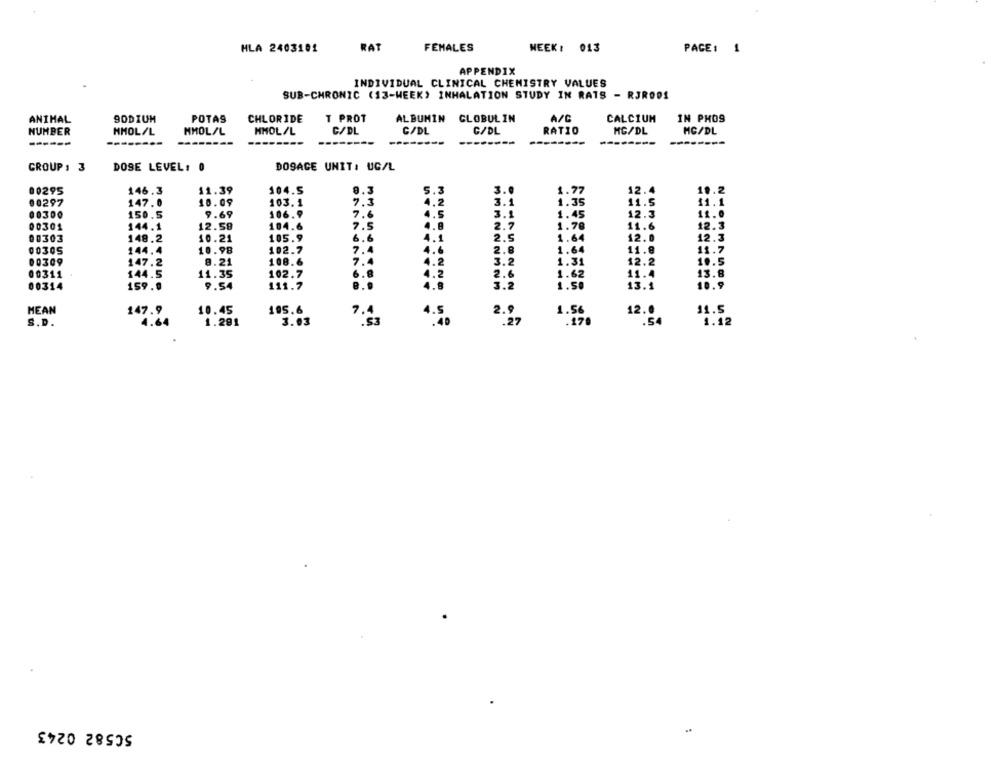
FEMALES
HLA 2403101
RAT
NEEK : 013
PACE1 1
APPENDIX
INDIVIDUAL CLINICAL CHEMISTRY VALUES
SUB-CHRONIC (13-WEEK) INHALATION STUDY IN RATS - RJR001
ANIMAL
90DIUM
POTAS
CHLORIDE
T PROT
ALBUMIN GLOBULIN
A/C
CALCIUM
IN PHOS
NUMBER
MMOL/L
MMOL/L
MMOL/L
C/DL
C/DL
C/DL
RATIO
MG/DL
MG/DL
---
GROUP , 3
DOSE LEVEL: 0
DOSAGE UNIT: UG/L
00295
146.3
11.39
104.5
9.3
5.3
3.0
1.77
12.4
19.2
10.09
103.1
7.3
1.2
3.1
1.35
11.5
11.1
00297
147.0
00300
150.5
9.69
106.9
7.6
3.1
1.45
12.3
11.0
104.6
7.5
1.78
12.3
00301
144.1
12.58
2.7
11.6
00303
148.2
10.21
105.9
6.6
1
2.5
12.0
12.3
00305
144.4
10.98
102.7
7.4
2.8
11.8
11.7
00309
147.2
8.21
108.6
7.4
2
3.2
12.2
10.5
00311
144.5
11.35
102.7
6.8
2
2.6
11.4
13.8
00314
159.0
9.54
111.7
8.9
3.2
13.1
10.9
MEAN
10.45
105.6
12.0
11.5
147.9
7.4
2.9
1.56
S.D.
4.64
1.291
3.03
.53
. 54
1.12
50582 0243